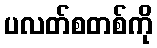
ပလတ်စတစ်ကို